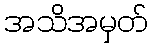
အသိအမှတ်